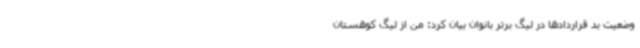
وضعیت بد قراردادها در لیگ برتر بانوان بیان کرد: من از لیگ کوهستان